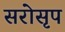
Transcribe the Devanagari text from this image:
सरोसृप